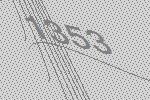
1353